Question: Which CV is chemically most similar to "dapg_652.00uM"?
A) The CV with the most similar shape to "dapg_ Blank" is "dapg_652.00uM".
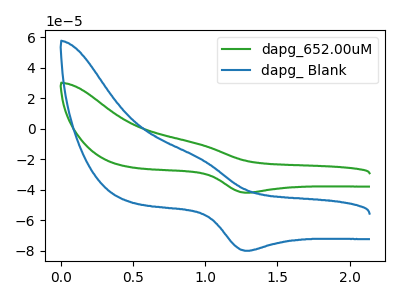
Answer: <think>The green curve "dapg_652.00uM" has an anodic peak at (0.95V, -9.90uA) and a cathodic peak at (1.30V, -41.95uA). The blue curve "dapg_ Blank" has an anodic peak at (0.95V, -18.85uA) and a cathodic peak at (1.30V, -80.05uA).
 All the peaks in "dapg_652.00uM" have a peak in "dapg_ Blank" at the same potential.</think>
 <answer>A) The CV with the most similar shape to "dapg_ Blank" is "dapg_652.00uM".</answer>
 <eval>A</eval>